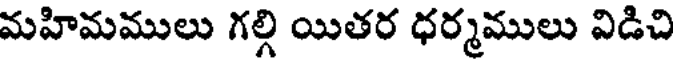
మహిమములు గల్గి యితర ధర్మములు విడిచి